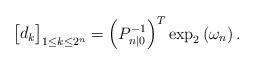
LaTeX: \begin{align*}\begin{bmatrix}d_k\end{bmatrix}_{1\leq k \leq 2^n} = \left(P^{-1}_{n|0}\right)^T\exp_2\left(\omega_n\right). \end{align*}